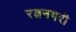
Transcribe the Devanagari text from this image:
रत्ननगरी